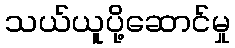
သယ်ယူပို့ဆောင်မှု